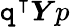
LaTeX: \mathtt{q}^{\intercal}\boldsymbol{Y}p